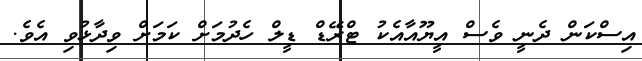
އިސްކަން ދެނީ ވެސް އީޔޫއާއެކު ޓްރޭޑް ޑީލް ހެދުމަށް ކަމަށް ވިދާޅުވި އެވެ.